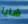
شايا